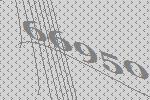
66950